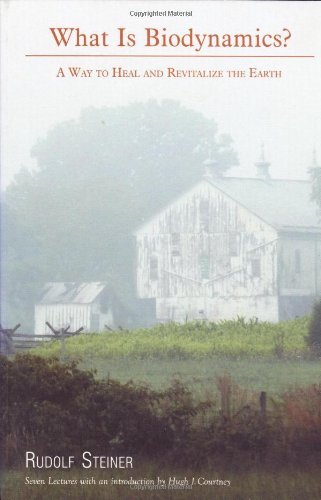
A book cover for What Is Biodynamics?: A Way to Heal and Revitalize the Earth; Rudolf Steiner; Crafts, Hobbies & Home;